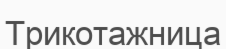
Трикотажница